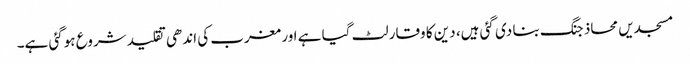
مسجدیں محاذ جنگ بنا دی گئی ہیں، دین کا وقار لٹ گیا ہے اور مغرب کی اندھی تقلید شروع ہوگئی ہے۔